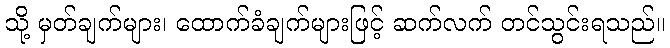
သို့ မှတ်ချက်များ၊ ထောက်ခံချက်များဖြင့် ဆက်လက် တင်သွင်းရသည်။